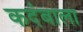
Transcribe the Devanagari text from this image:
कदंबाला